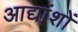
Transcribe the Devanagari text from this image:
आद्यांशों